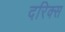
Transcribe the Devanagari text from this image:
दरिक्स